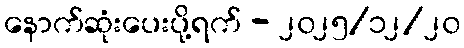
နောက်ဆုံးပေးပို့ရက် - ၂၀၂၅/၁၂/၂၀